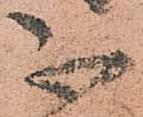
不